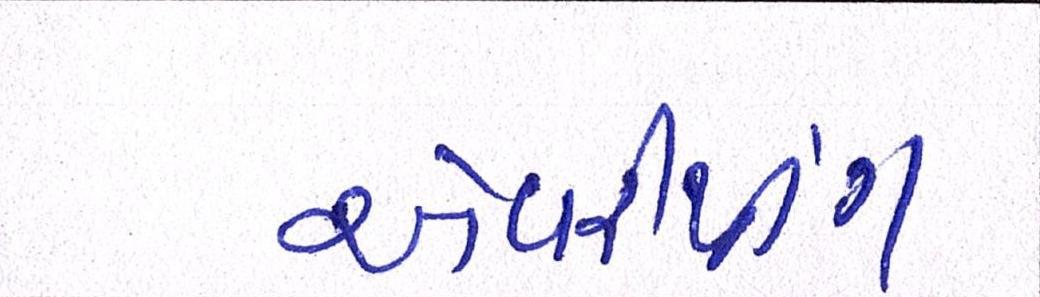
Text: એવરીથીંગ